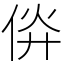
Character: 㑞